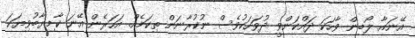
އޭނައާ ލޯބިން ވާހަކަ ދައްކަންވީ ދުވަހަކުވެސް ނުކުރާނަން ތިކަމެއް. އަހަރެން އޭނަ ކާމިޔާބުވިޔަކަ